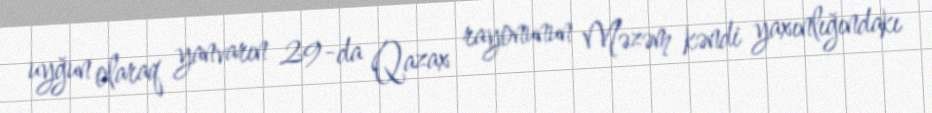
uyğun olaraq yanvarın 29-da Qazax rayonunun Məzəm kəndi yaxınlığındakı